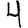
Digit: 4